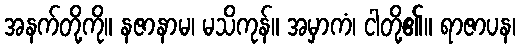
အနက်တို့ကို။ နဇာနာမ၊ မသိကုန်။ အမှာကံ၊ ငါတို့၏။ ရာဇာပန၊